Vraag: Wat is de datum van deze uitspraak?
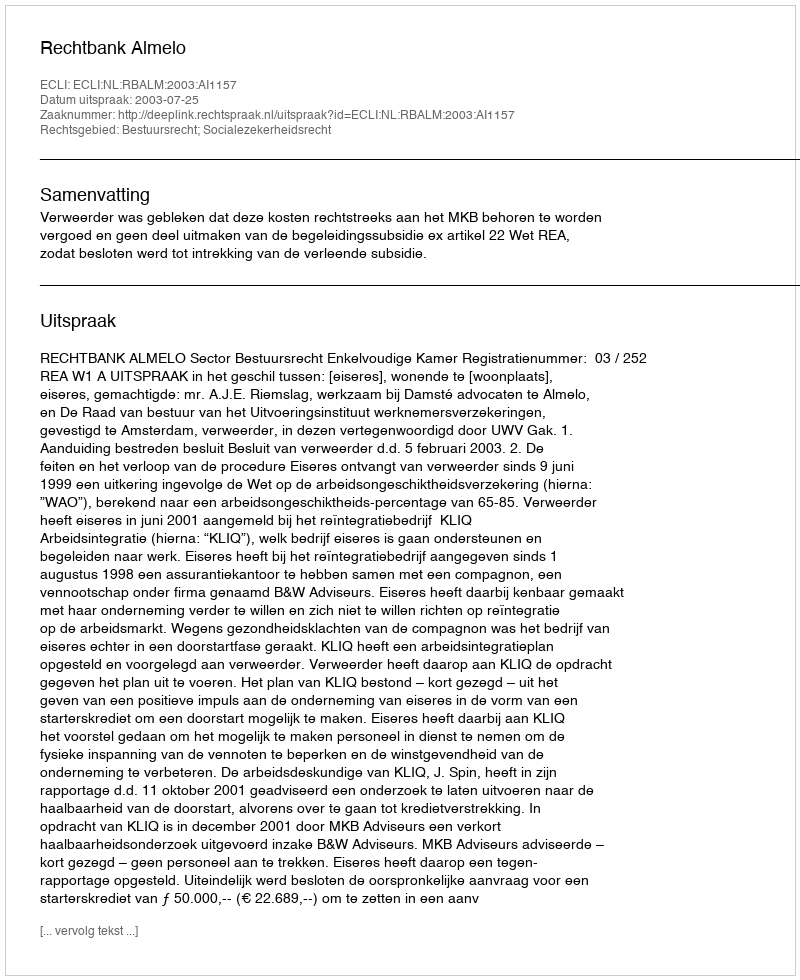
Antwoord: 2003-07-25